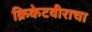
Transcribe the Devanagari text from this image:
क्रिकेटवीराचा